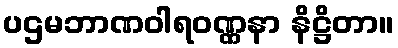
ပဌမဘာဏဝါရဝဏ္ဏနာ နိဋ္ဌိတာ။